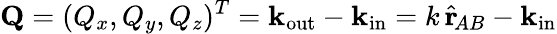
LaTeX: \mathbf{Q}=(Q_{x},Q_{y},Q_{z})^{T}=\mathbf{k}_{\textrm{out}}-\mathbf{k}_{\textrm{in}}=k\, \hat{\mathbf{r}}_{\! AB}-\mathbf{k}_{\textrm{in}}